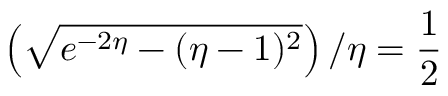
\left( \sqrt { e ^ { - 2 \eta } - ( \eta - 1 ) ^ { 2 } } \right) / \eta = \frac { 1 } { 2 }